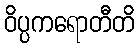
ဝိပ္ပကရောတီတိ